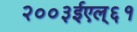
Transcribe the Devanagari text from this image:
२००३ईएल्‌६१